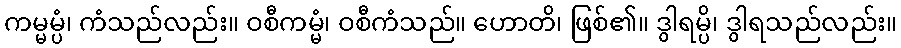
ကမ္မမ္ပံ၊ ကံသည်လည်း။ ဝစီကမ္မံ၊ ဝစီကံသည်။ ဟောတိ၊ ဖြစ်၏။ ဒွါရမ္ပိ၊ ဒွါရသည်လည်း။